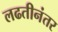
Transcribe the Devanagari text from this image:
लढतीनंतर